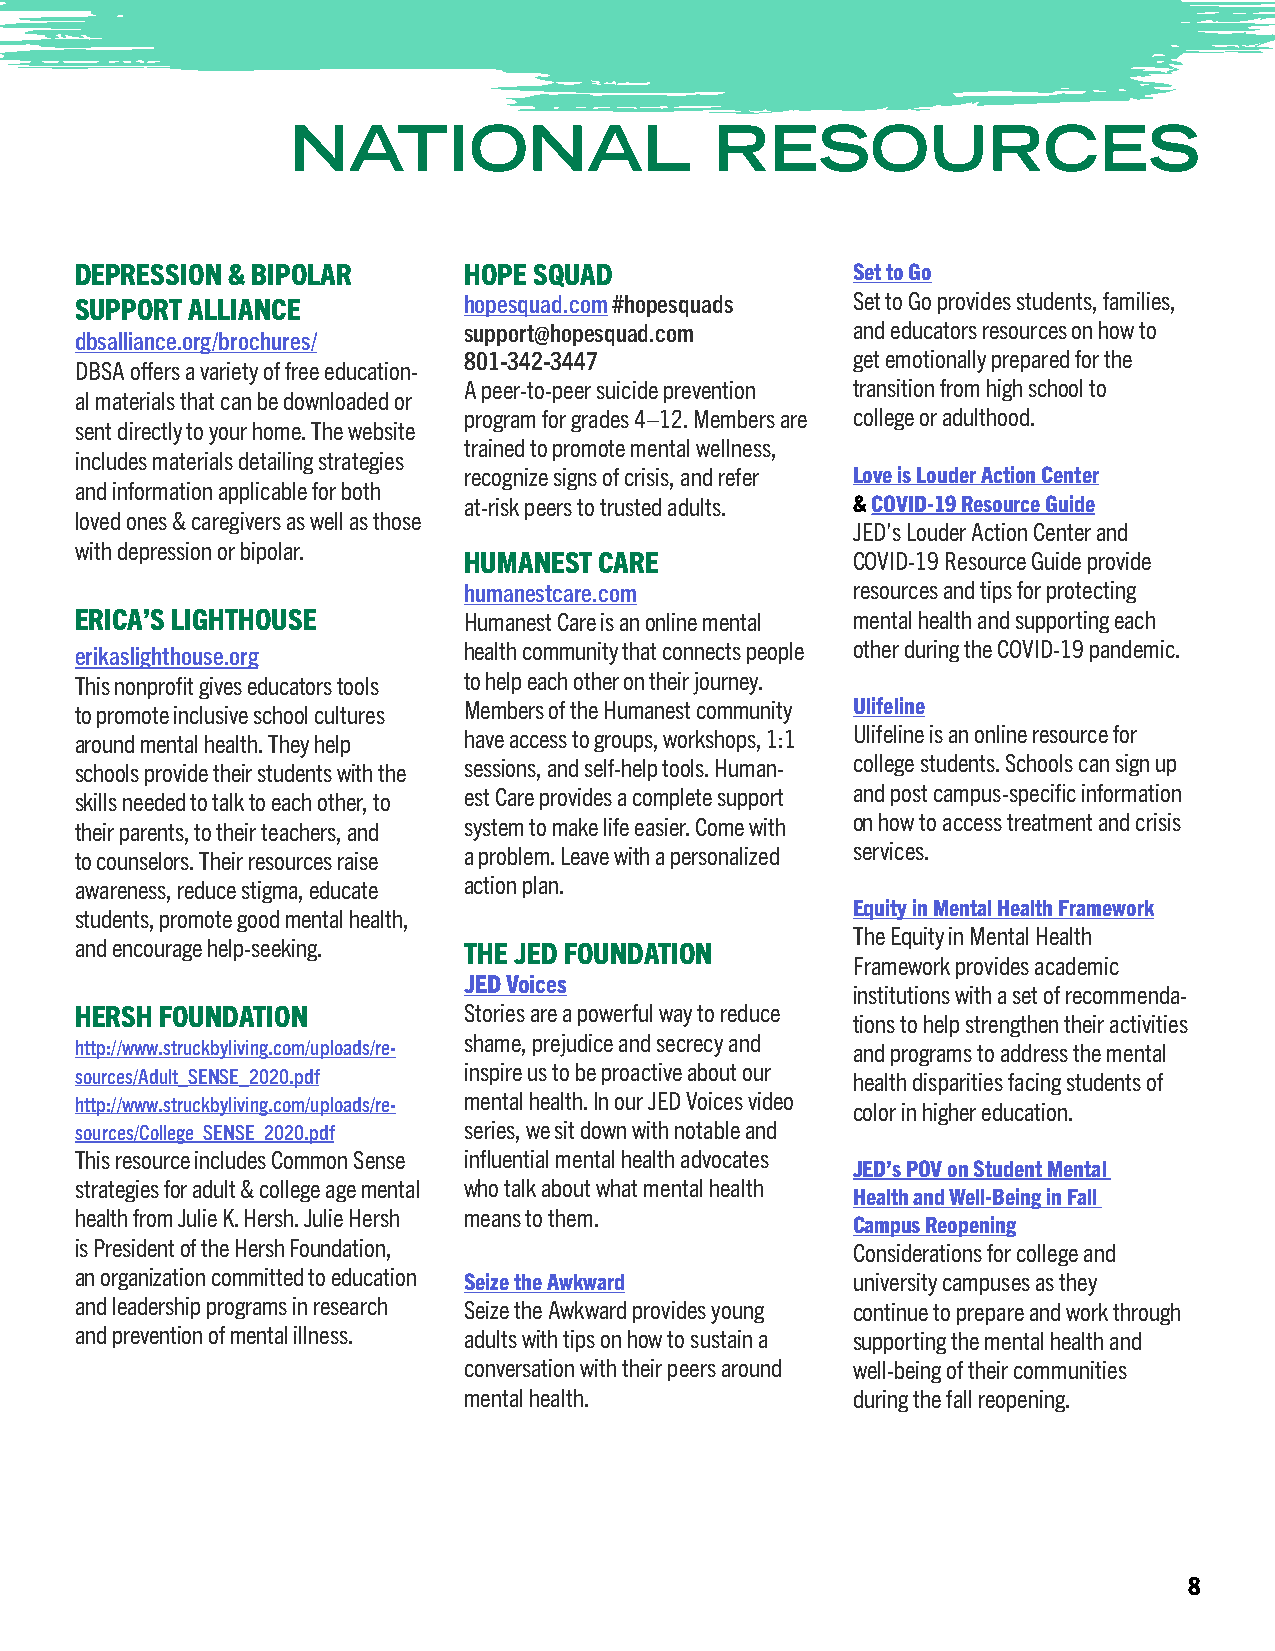
NATIONAL                    RESOURCES
 DEPRESSION & BIPOLAR      HOPE SQUAD               Set to Go
 SUPPORT ALLIANCE          hopesquad.com #hopesquads Set to Go provides students, families,
 support@hopesquad.com    and educators resources on how to
 dbsalliance.org/brochures/
 801-342-3447             get emotionally prepared for the
 DBSA offers a variety of free education-
 A peer-to-peer suicide prevention transition from high school to
 al materials that can be downloaded or
 program for grades 4–12. Members are college or adulthood.
 sent directly to your home. The website
 trained to promote mental wellness,
 includes materials detailing strategies
 recognize signs of crisis, and refer Love is Louder Action Center
 and information applicable for both
 at-risk peers to trusted adults. & COVID-19 Resource Guide
 loved ones & caregivers as well as those
 JED’s Louder Action Center and
 with depression or bipolar.
 HUMANEST CARE            COVID-19 Resource Guide provide
 humanestcare.com         resources and tips for protecting
 ERICA’S LIGHTHOUSE        Humanest Care is an online mental mental health and supporting each
 erikaslighthouse.org      health community that connects people other during the COVID-19 pandemic.
 This nonprofit gives educators tools to help each other on their journey.
 to promote inclusive school cultures Members of the Humanest community Ulifeline
 around mental health. They help have access to groups, workshops, 1:1 Ulifeline is an online resource for
 schools provide their students with the sessions, and self-help tools. Human- college students. Schools can sign up
 skills needed to talk to each other, to est Care provides a complete support and post campus-specific information
 their parents, to their teachers, and system to make life easier. Come with on how to access treatment and crisis
 to counselors. Their resources raise a problem. Leave with a personalized services.
 awareness, reduce stigma, educate action plan.
 Equity in Mental Health Framework
 students, promote good mental health,
 The Equity in Mental Health
 and encourage help-seeking. THE JED FOUNDATION
 Framework provides academic
 JED Voices
 institutions with a set of recommenda-
 HERSH FOUNDATION          Stories are a powerful way to reduce
 tions to help strengthen their activities
 shame, prejudice and secrecy and
 http://www.struckbyliving.com/uploads/re-          and programs to address the mental
 inspire us to be proactive about our
 sources/Adult_SENSE_2020.pdf                       health disparities facing students of
 http://www.struckbyliving.com/uploads/re- mental health. In our JED Voices video color in higher education.
 sources/College_SENSE_2020.pdf series, we sit down with notable and
 This resource includes Common Sense influential mental health advocates
 JED’s POV on Student Mental
 strategies for adult & college age mental who talk about what mental health
 Health and Well-Being in Fall
 health from Julie K. Hersh. Julie Hersh means to them.
 Campus Reopening
 is President of the Hersh Foundation,              Considerations for college and
 an organization committed to education Seize the Awkward university campuses as they
 and leadership programs in research Seize the Awkward provides young continue to prepare and work through
 and prevention of mental illness. adults with tips on how to sustain a supporting the mental health and
 conversation with their peers around well-being of their communities
 mental health.           during the fall reopening.
 8